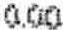
0.00